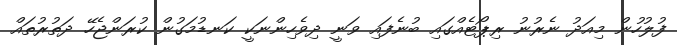
ފުލުހުން މިއަދު ނެރުނު ރިޕޯޓެއްގައި ބުނެފައި ވަނީ ދިވެހިންނަކީ ކަނޑުމަގުން ކުރަންޖެހޭ ދަތުރުތައް